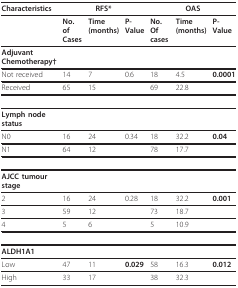
| Characteristics | <COLSPAN=3> RFS* | <COLSPAN=3> OAS |
 | --- | --- | --- | --- | --- | --- | --- |
 |  | No. of Cases | Time (months) | P-Value | No. Of cases | Time (months) | P-Value |
 | Adjuvant Chemotherapy† |  |  |  |  |  |  |
 | Not received | 14 | 7 | 0.6 | 18 | 4.5 | 0.0001 |
 | Received | 65 | 15 |  | 69 | 22.8 |  |
 | Lymph node status |  |  |  |  |  |  |
 | N0 | 16 | 24 | 0.34 | 18 | 32.2 | 0.04 |
 | N1 | 64 | 12 |  | 78 | 17.7 |  |
 | AJCC tumour stage |  |  |  |  |  |  |
 | 2 | 16 | 24 | 0.28 | 18 | 32.2 | 0.001 |
 | 3 | 59 | 12 |  | 73 | 18.7 |  |
 | 4 | 5 | 6 |  | 5 | 10.9 |  |
 | ALDH1A1 |  |  |  |  |  |  |
 | Low | 47 | 11 | 0.029 | 58 | 16.3 | 0.012 |
 | High | 33 | 17 |  | 38 | 32.3 |  |